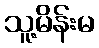
သူ့မိန်းမ